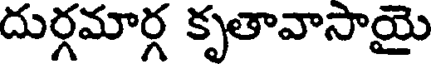
దుర్గమార్గ కృతావాసాయై